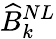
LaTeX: \widehat{B}_{k}^{NL}